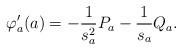
LaTeX: \begin{align*} \varphi'_a(a)=-\frac{1}{s_a^2}P_a -\frac{1}{s_a}Q_a.\end{align*}